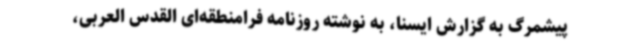
پیشمرگ به گزارش ایسنا، به نوشته روزنامه فرامنطقه‌ای القدس العربی،